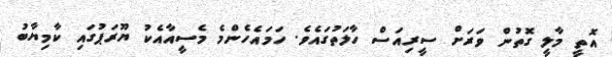
އޮތީ މާލީ ގޮތުން ވަރަށް ސީރިއަސް ހާލަތުގައެވެ. ހަމައެހެންމެ މެސީއާއެކު ޔޫރަޕުގައި ކާމިޔާބު